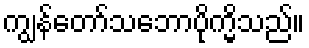
ကျွန်တော်သဘောပိုက္မိသည်။